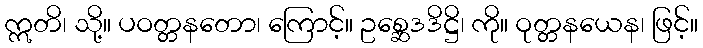
ဣတိ၊ သို့။ ပဝတ္တနတော၊ ကြောင့်။ ဥစ္ဆေဒဒိဋ္ဌိ၊ ကို။ ဝုတ္တနယေန၊ ဖြင့်။